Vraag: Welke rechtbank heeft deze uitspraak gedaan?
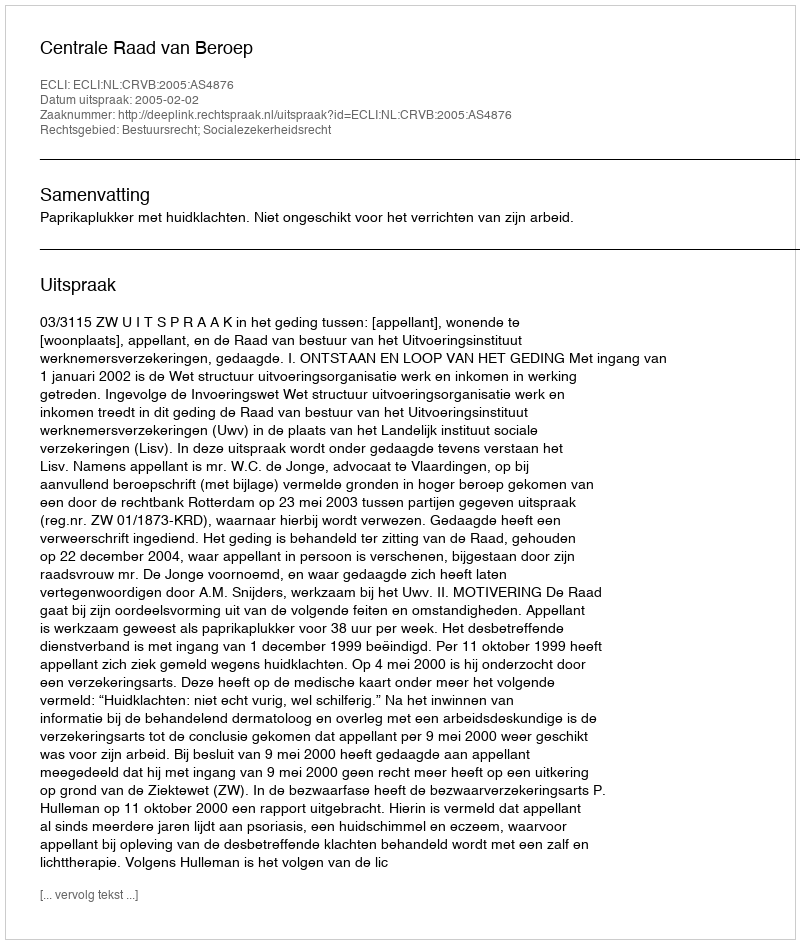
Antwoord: Centrale Raad van Beroep